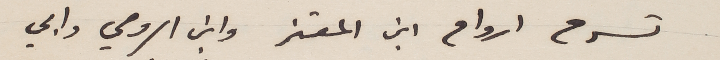
تسرح ارواح ابن المعتز وابن الرومي وابي